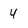
Character: 4